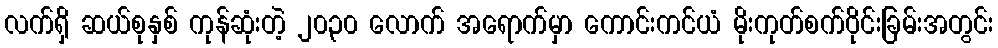
လက်ရှိ ဆယ်စုနှစ် ကုန်ဆုံးတဲ့ ၂၀၃၀ လောက် အရောက်မှာ ကောင်းကင်ယံ မိုးကုတ်စက်ဝိုင်းခြမ်းအတွင်း